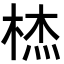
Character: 𭪞